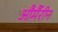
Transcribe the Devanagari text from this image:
और्मैरीन